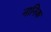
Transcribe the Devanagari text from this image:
नानिक